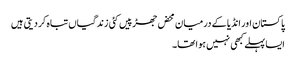
پاکستان اور انڈیا کے درمیان محض جھڑپیں کئی زندگیاں تباہ کر دیتی ہیں
ایسا پہلے کبھی نہیں ہوا تھا۔